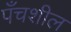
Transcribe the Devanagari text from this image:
पँचशील